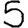
Digit: 5